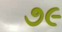
૭૯